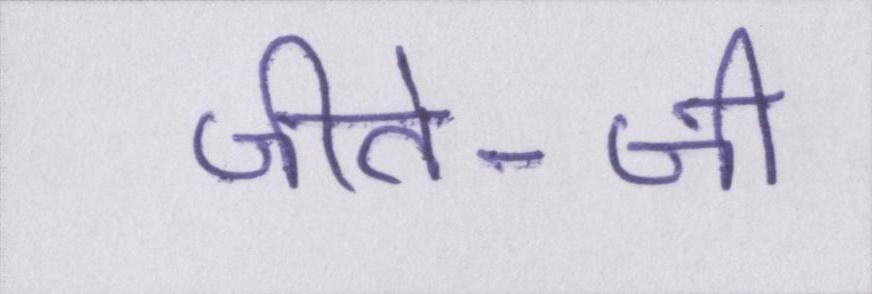
जीते-जी